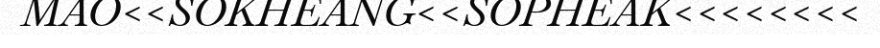
MAO<<SOKHEANG<<SOPHEAK<<<<<<<<